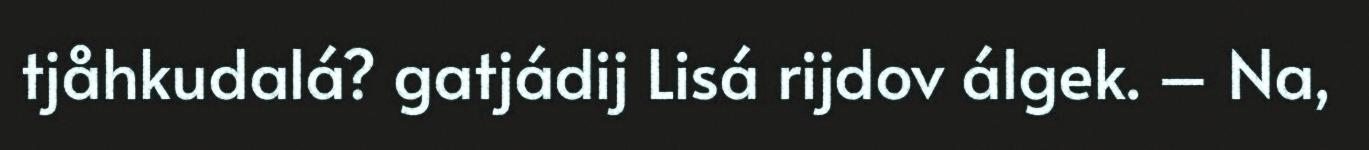
tjåhkudalá? gatjádij Lisá rijdov álgek. – Na,